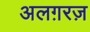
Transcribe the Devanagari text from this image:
अलग़रज़